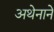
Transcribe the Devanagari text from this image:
अथेनाने